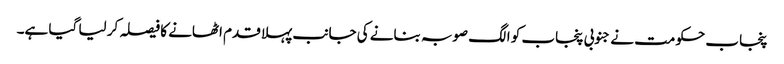
پنجاب حکومت نے جنوبی پنجاب کو الگ صوبہ بنانے کی جانب پہلا قدم اٹھانے کا فیصلہ کر لیا گیا ہے۔